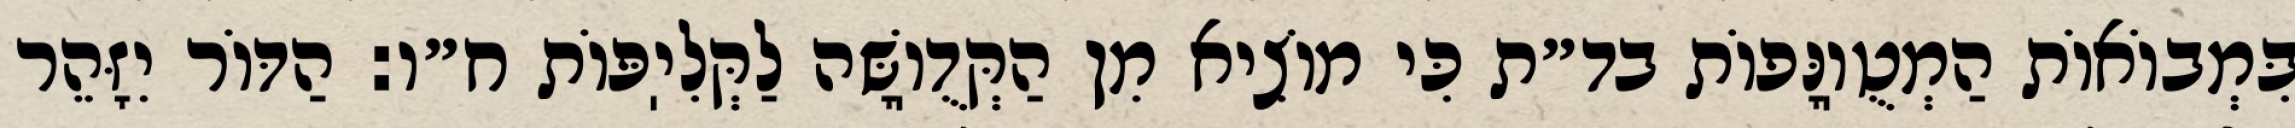
בִּמְבוֹאוֹת הַמְטֻוֽנָּפוֹת בד״ת כִּי מוֹצִיא מִן הַקְּדֻוֽשָּׁה לַקְּלִיֽפּוֹת ח״ו: הַדּוֹר יִזָּהֵר